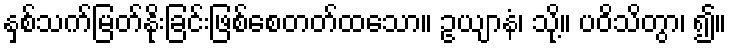
နှစ်သက်မြတ်နိုးခြင်းဖြစ်စေတတ်ထသော။ ဥယျာနံ၊ သို့။ ပဝိသိတွာ၊ ၍။